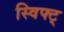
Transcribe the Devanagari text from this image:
स्विफ्ट्